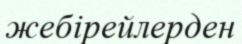
жебірейлерден